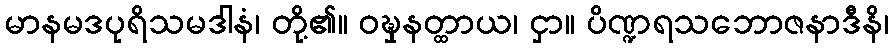
မာနမဒပုရိသမဒါနံ၊ တို့၏။ ဝဍ္ဎှနတ္ထာယ၊ ငှာ။ ပိဏ္ဍရသဘောဇနာဒီနိ၊